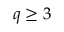
q \geq 3